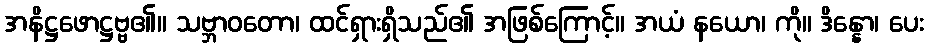
အနိဋ္ဌဖောဋ္ဌဗ္ဗ၏။ သဗ္ဘာဝတော၊ ထင်ရှားရှိသည်၏ အဖြစ်ကြောင့်။ အယံ နယော၊ ကို။ ဒိန္နော၊ ပေး